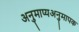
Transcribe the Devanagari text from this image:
अनुमाप्यअनुमापक